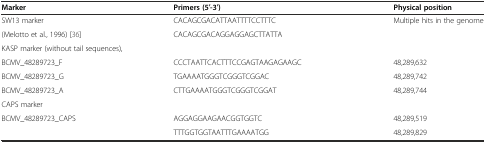
| Marker | Primers (5′-3′) | Physical position |
 | --- | --- | --- |
 | SW13 marker | CACAGCGACATTAATTTTCCTTTC | <ROWSPAN=2> Multiple hits in the genome |
 | (Melotto et al., 1996) [36] | CACAGCGACAGGAGGAGCTTATTA |
 | <COLSPAN=3> KASP marker (without tail sequences), |
 | BCMV_48289723_F | CCCTAATTCACTTTCCGAGTAAGAGAAGC | 48,289,632 |
 | BCMV_48289723_G | TGAAAATGGGTCGGGTCGGAC | 48,289,742 |
 | BCMV_48289723_A | CTTGAAAATGGGTCGGGTCGGAT | 48,289,744 |
 | <COLSPAN=3> CAPS marker |
 | BCMV_48289723_CAPS | AGGAGGAAGAACGGTGGTC | 48,289,519 |
 |  | TTTGGTGGTAATTTGAAAATGG | 48,289,829 |